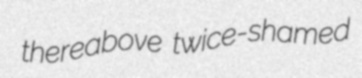
thereabove twice-shamed